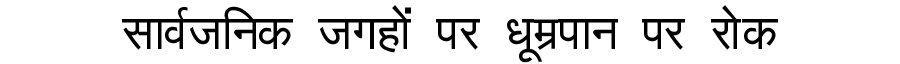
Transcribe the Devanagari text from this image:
सार्वजनिक जगहों पर धूम्रपान पर रोक